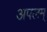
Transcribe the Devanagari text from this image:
अपलम्